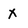
Character: x